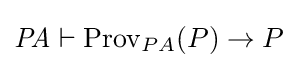
{\mathit {PA}}\vdash {\mathrm {Prov} _{PA}(P)\rightarrow P}